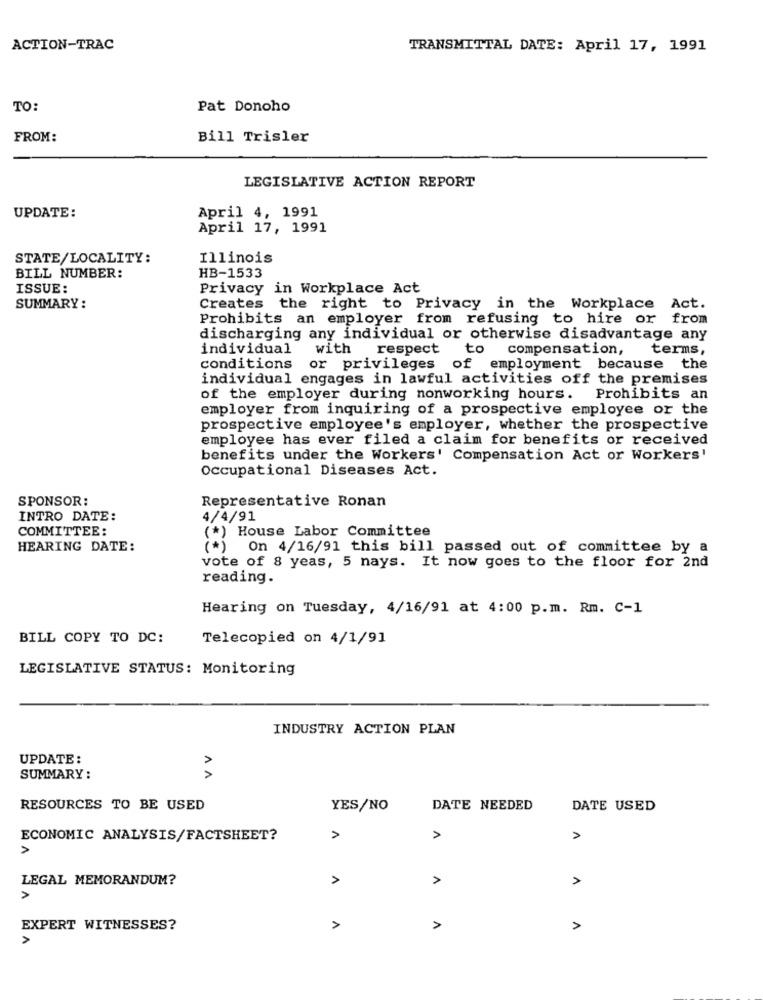
ACTION-TRAC
TRANSMITTAL DATE: April 17, 1991
TO:
Pat Donoho
FROM:
Bill Trisler
LEGISLATIVE ACTION REPORT
April 4, 1991
UPDATE:
April 17, 1991
STATE/LOCALITY:
Illinois
BILL NUMBER:
HB-1533
ISSUE:
Privacy in Workplace Act
SUMMARY:
Creates the right to Privacy in the Workplace Act.
Prohibits an employer from refusing to hire or from
discharging any individual or otherwise disadvantage any
individual
with respect
to compensation,
terms,
conditions
or privileges of employment because the
individual engages in lawful activities off the premises
of the employer during nonworking hours.
Prohibits an
employer from inquiring of a prospective employee or the
prospective employee's employer, whether the prospective
employee has ever filed a claim for benefits or received
benefits under the Workers' Compensation Act or Workers'
Occupational Diseases Act.
SPONSOR:
Representative Ronan
INTRO DATE:
4/4/91
COMMITTEE:
(*) House Labor Committee
HEARING DATE:
(* )
On 4/16/91 this bill passed out of committee by a
vote of 8 yeas, 5 nays. It now goes to the floor for 2nd
reading.
Hearing on Tuesday, 4/16/91 at 4:00 p.m. Rm. C-1
BILL COPY TO DC:
Telecopied on 4/1/91
LEGISLATIVE STATUS: Monitoring
INDUSTRY ACTION PLAN
V V
UPDATE :
SUMMARY :
RESOURCES TO BE USED
YES/NO
DATE NEEDED
DATE USED
ECONOMIC ANALYSIS/FACTSHEET?
A
A
LEGAL MEMORANDUM?
A
>
EXPERT WITNESSES?
A
A